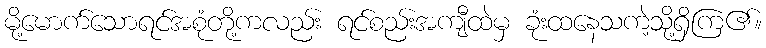
မို့မောက်သောရင်အစုံတို့ကလည်း ရင်စည်းအကျီထဲမှ ခုံးထနေသကဲ့သို့ရှိကြ၏။